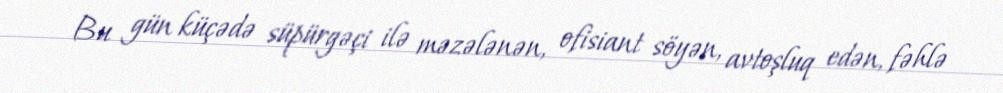
Bu gün küçədə süpürgəçi ilə məzələnən, ofisiant söyən, avtoşluq edən, fəhlə